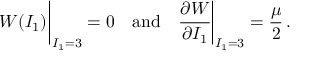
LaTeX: W ( I _ { 1 } ) { \biggr | } _ { I _ { 1 } = 3 } = 0 \quad { \mathrm { a n d } } \quad { \cfrac { \partial W } { \partial I _ { 1 } } } { \biggr | } _ { I _ { 1 } = 3 } = { \frac { \mu } { 2 } } \, .